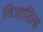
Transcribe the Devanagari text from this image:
विजादित्य